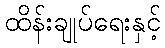
ထိန်းချုပ်ရေးနှင့်